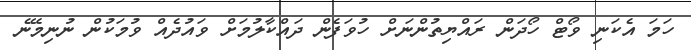
ހަމަ އެކަނި ވޯޓް ހޯދަން ރައްޔިތުންނަށް ހުވަފެން ދައްކާލުމަށް ވައުދެއް ވުމަކުން ނުނިމޭނެ